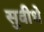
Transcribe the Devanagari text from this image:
सुवीधे